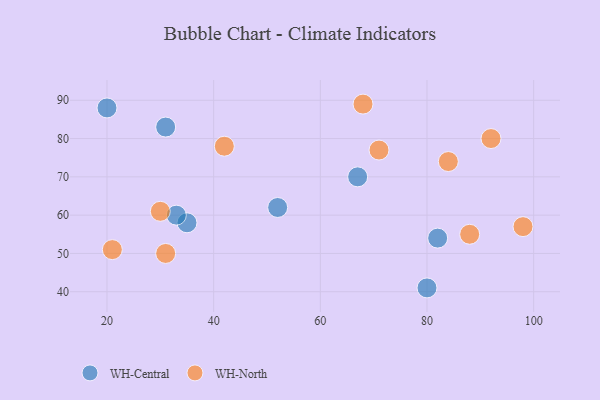
{"axis": {"x": "GDP", "y": "Life Expectancy"}, "legend": ["WH-Central", "WH-North"], "data": [{"x": "35", "y": 58, "type": "WH-Central"}, {"x": "67", "y": 70, "type": "WH-Central"}, {"x": "52", "y": 62, "type": "WH-Central"}, {"x": "33", "y": 60, "type": "WH-Central"}, {"x": "31", "y": 83, "type": "WH-Central"}, {"x": "20", "y": 88, "type": "WH-Central"}, {"x": "82", "y": 54, "type": "WH-Central"}, {"x": "80", "y": 41, "type": "WH-Central"}, {"x": "68", "y": 89, "type": "WH-North"}, {"x": "30", "y": 61, "type": "WH-North"}, {"x": "92", "y": 80, "type": "WH-North"}, {"x": "31", "y": 50, "type": "WH-North"}, {"x": "42", "y": 78, "type": "WH-North"}, {"x": "98", "y": 57, "type": "WH-North"}, {"x": "84", "y": 74, "type": "WH-North"}, {"x": "88", "y": 55, "type": "WH-North"}, {"x": "21", "y": 51, "type": "WH-North"}, {"x": "71", "y": 77, "type": "WH-North"}]}